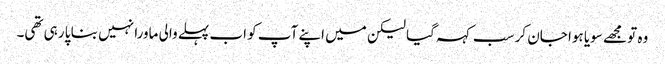
وہ تو مجھے سویا ہوا جان کر سب کہہ گیا لیکن میں اپنے آپ کو اب پہلے والی ماورا نہیں بنا پا رہی تھی۔